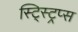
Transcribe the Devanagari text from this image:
स्ट्स्ट्रिप्स